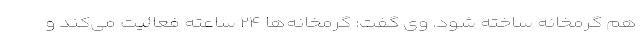
هم گرمخانه ساخته شود. وی گفت: گرمخانه‌ها ۲۴ ساعته فعالیت می‌کند و